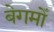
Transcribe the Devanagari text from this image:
बेगमोँ